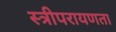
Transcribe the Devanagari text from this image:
स्त्रीपरायणता